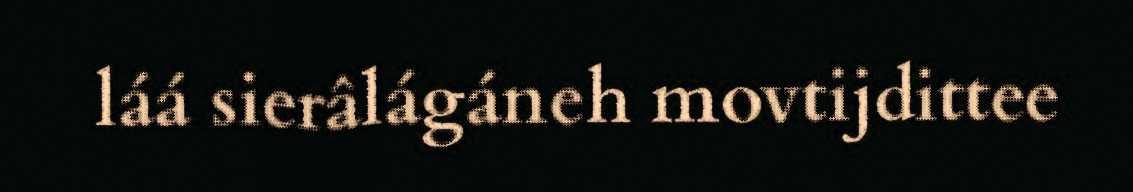
láá sierâlágáneh movtijdittee